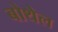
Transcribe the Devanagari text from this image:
बोथेल